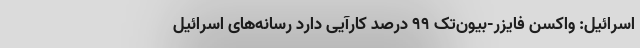
اسرائیل: واکسن فایزر-بیون‌تک ۹۹ درصد کارآیی دارد رسانه‌های اسرائیل